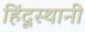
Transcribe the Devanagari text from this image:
हिंदूस्थानी